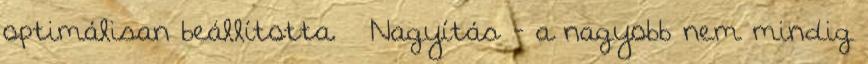
optimálisan beállította. « Nagyítás - a nagyobb nem mindig